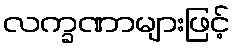
လက္ခဏာများဖြင့်